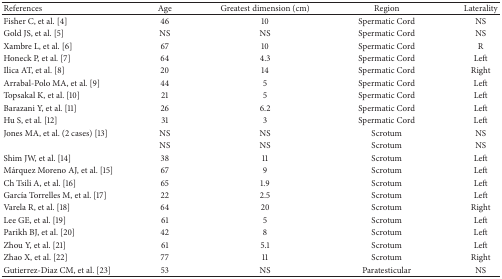
<table><thead><tr><td><b>References</b></td><td><b>Age</b></td><td><b>Greatest dimension (cm)</b></td><td><b>Region</b></td><td><b>Laterality</b></td></tr></thead><tbody><tr><td>Fisher C, et al. [4]</td><td>46</td><td>10</td><td>Spermatic Cord</td><td>NS</td></tr><tr><td>Gold JS, et al. [5]</td><td>NS</td><td>NS</td><td>Spermatic Cord</td><td>NS</td></tr><tr><td>Xambre L, et al. [6]</td><td>67</td><td>10</td><td>Spermatic Cord</td><td>R</td></tr><tr><td>Honeck P, et al. [7]</td><td>64</td><td>4.3</td><td>Spermatic Cord</td><td>Left</td></tr><tr><td>Ilica AT, et al. [8]</td><td>20</td><td>14</td><td>Spermatic Cord</td><td>Right</td></tr><tr><td>Arrabal-Polo MA, et al. [9]</td><td>44</td><td>5</td><td>Spermatic Cord</td><td>Left</td></tr><tr><td>Topsakal K, et al. [10]</td><td>21</td><td>5</td><td>Spermatic Cord</td><td>Left</td></tr><tr><td>Barazani Y, et al. [11]</td><td>26</td><td>6.2</td><td>Spermatic Cord</td><td>Left</td></tr><tr><td>Hu S, et al. [12]</td><td>31</td><td>3</td><td>Spermatic Cord</td><td>Left</td></tr><tr><td>Jones MA, et al. (2 cases) [13]</td><td>NS</td><td>NS</td><td>Scrotum</td><td>NS</td></tr><tr><td> </td><td>NS</td><td>NS</td><td>Scrotum</td><td>NS</td></tr><tr><td>Shim JW, et al. [14]</td><td>38</td><td>11</td><td>Scrotum</td><td>Left</td></tr><tr><td>Márquez Moreno AJ, et al. [15]</td><td>67</td><td>9</td><td>Scrotum</td><td>Left</td></tr><tr><td>Ch Tsili A, et al. [16]</td><td>65</td><td>1.9</td><td>Scrotum</td><td>Left</td></tr><tr><td>García Torrelles M, et al. [17]</td><td>22</td><td>2.5</td><td>Scrotum</td><td>Left</td></tr><tr><td>Varela R, et al. [18]</td><td>64</td><td>20</td><td>Scrotum</td><td>Right</td></tr><tr><td>Lee GE, et al. [19]</td><td>61</td><td>5</td><td>Scrotum</td><td>Left</td></tr><tr><td>Parikh BJ, et al. [20]</td><td>42</td><td>8</td><td>Scrotum</td><td>Left</td></tr><tr><td>Zhou Y, et al. [21]</td><td>61</td><td>5.1</td><td>Scrotum</td><td>Left</td></tr><tr><td>Zhao X, et al. [22]</td><td>77</td><td>11</td><td>Scrotum</td><td>Right</td></tr><tr><td>Gutierrez-Diaz CM, et al. [23]</td><td>53</td><td>NS</td><td>Paratesticular</td><td>NS</td></tr></tbody></table>